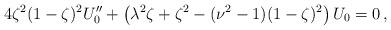
LaTeX: \begin{align*}4\zeta^2(1-\zeta)^2 U_0'' + \left( \lambda^2 \zeta +\zeta^2 - (\nu^2-1)(1-\zeta)^2\right) U_0 =0 \,,\end{align*}